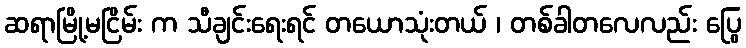
ဆရာမြို့မငြိမ်း က သီချင်းရေးရင် တယောသုံးတယ် ၊ တစ်ခါတလေလည်း ပြွေ